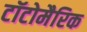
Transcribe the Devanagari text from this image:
टॉटोमैरिक